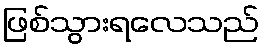
ဖြစ်သွားရလေသည်